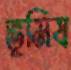
ভূমিষ